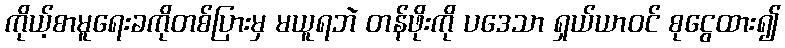
ကိုယ့်စာမူရေးခကိုတစ်ပြားမှ မယူရဘဲ တန်ဖိုးကို ပဒေသာ ရှယ်ယာဝင် စုငွေထား၍